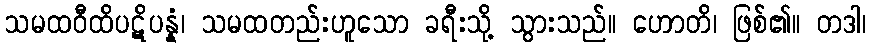
သမထဝီထိပဋိပန္နံ၊ သမထတည်းဟူသော ခရီးသို့ သွားသည်။ ဟောတိ၊ ဖြစ်၏။ တဒါ၊